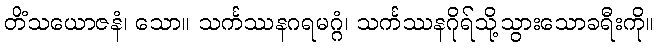
တိံသယောဇနံ၊ သော။ သင်္ကဿနဂရမဂ္ဂံ၊ သင်္ကဿနဂိုရ်သို့သွားသောခရီးကို။